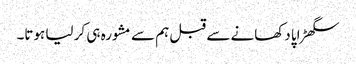
سگھڑاپا دکھانے سے قبل ہم سے مشورہ ہی کر لیا ہوتا۔